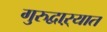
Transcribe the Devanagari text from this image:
गुरुद्वाऱ्यात